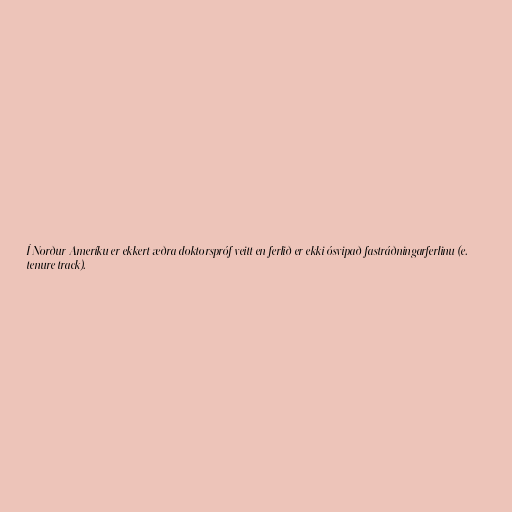
Í Norður-Ameríku er ekkert æðra doktorspróf veitt en ferlið er ekki ósvipað fastráðningarferlinu (e.
tenure track).